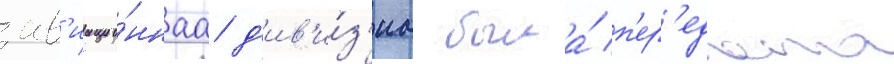
ав'иацио́ннаа д'ив'и́з'иа была́ п'ер'едана